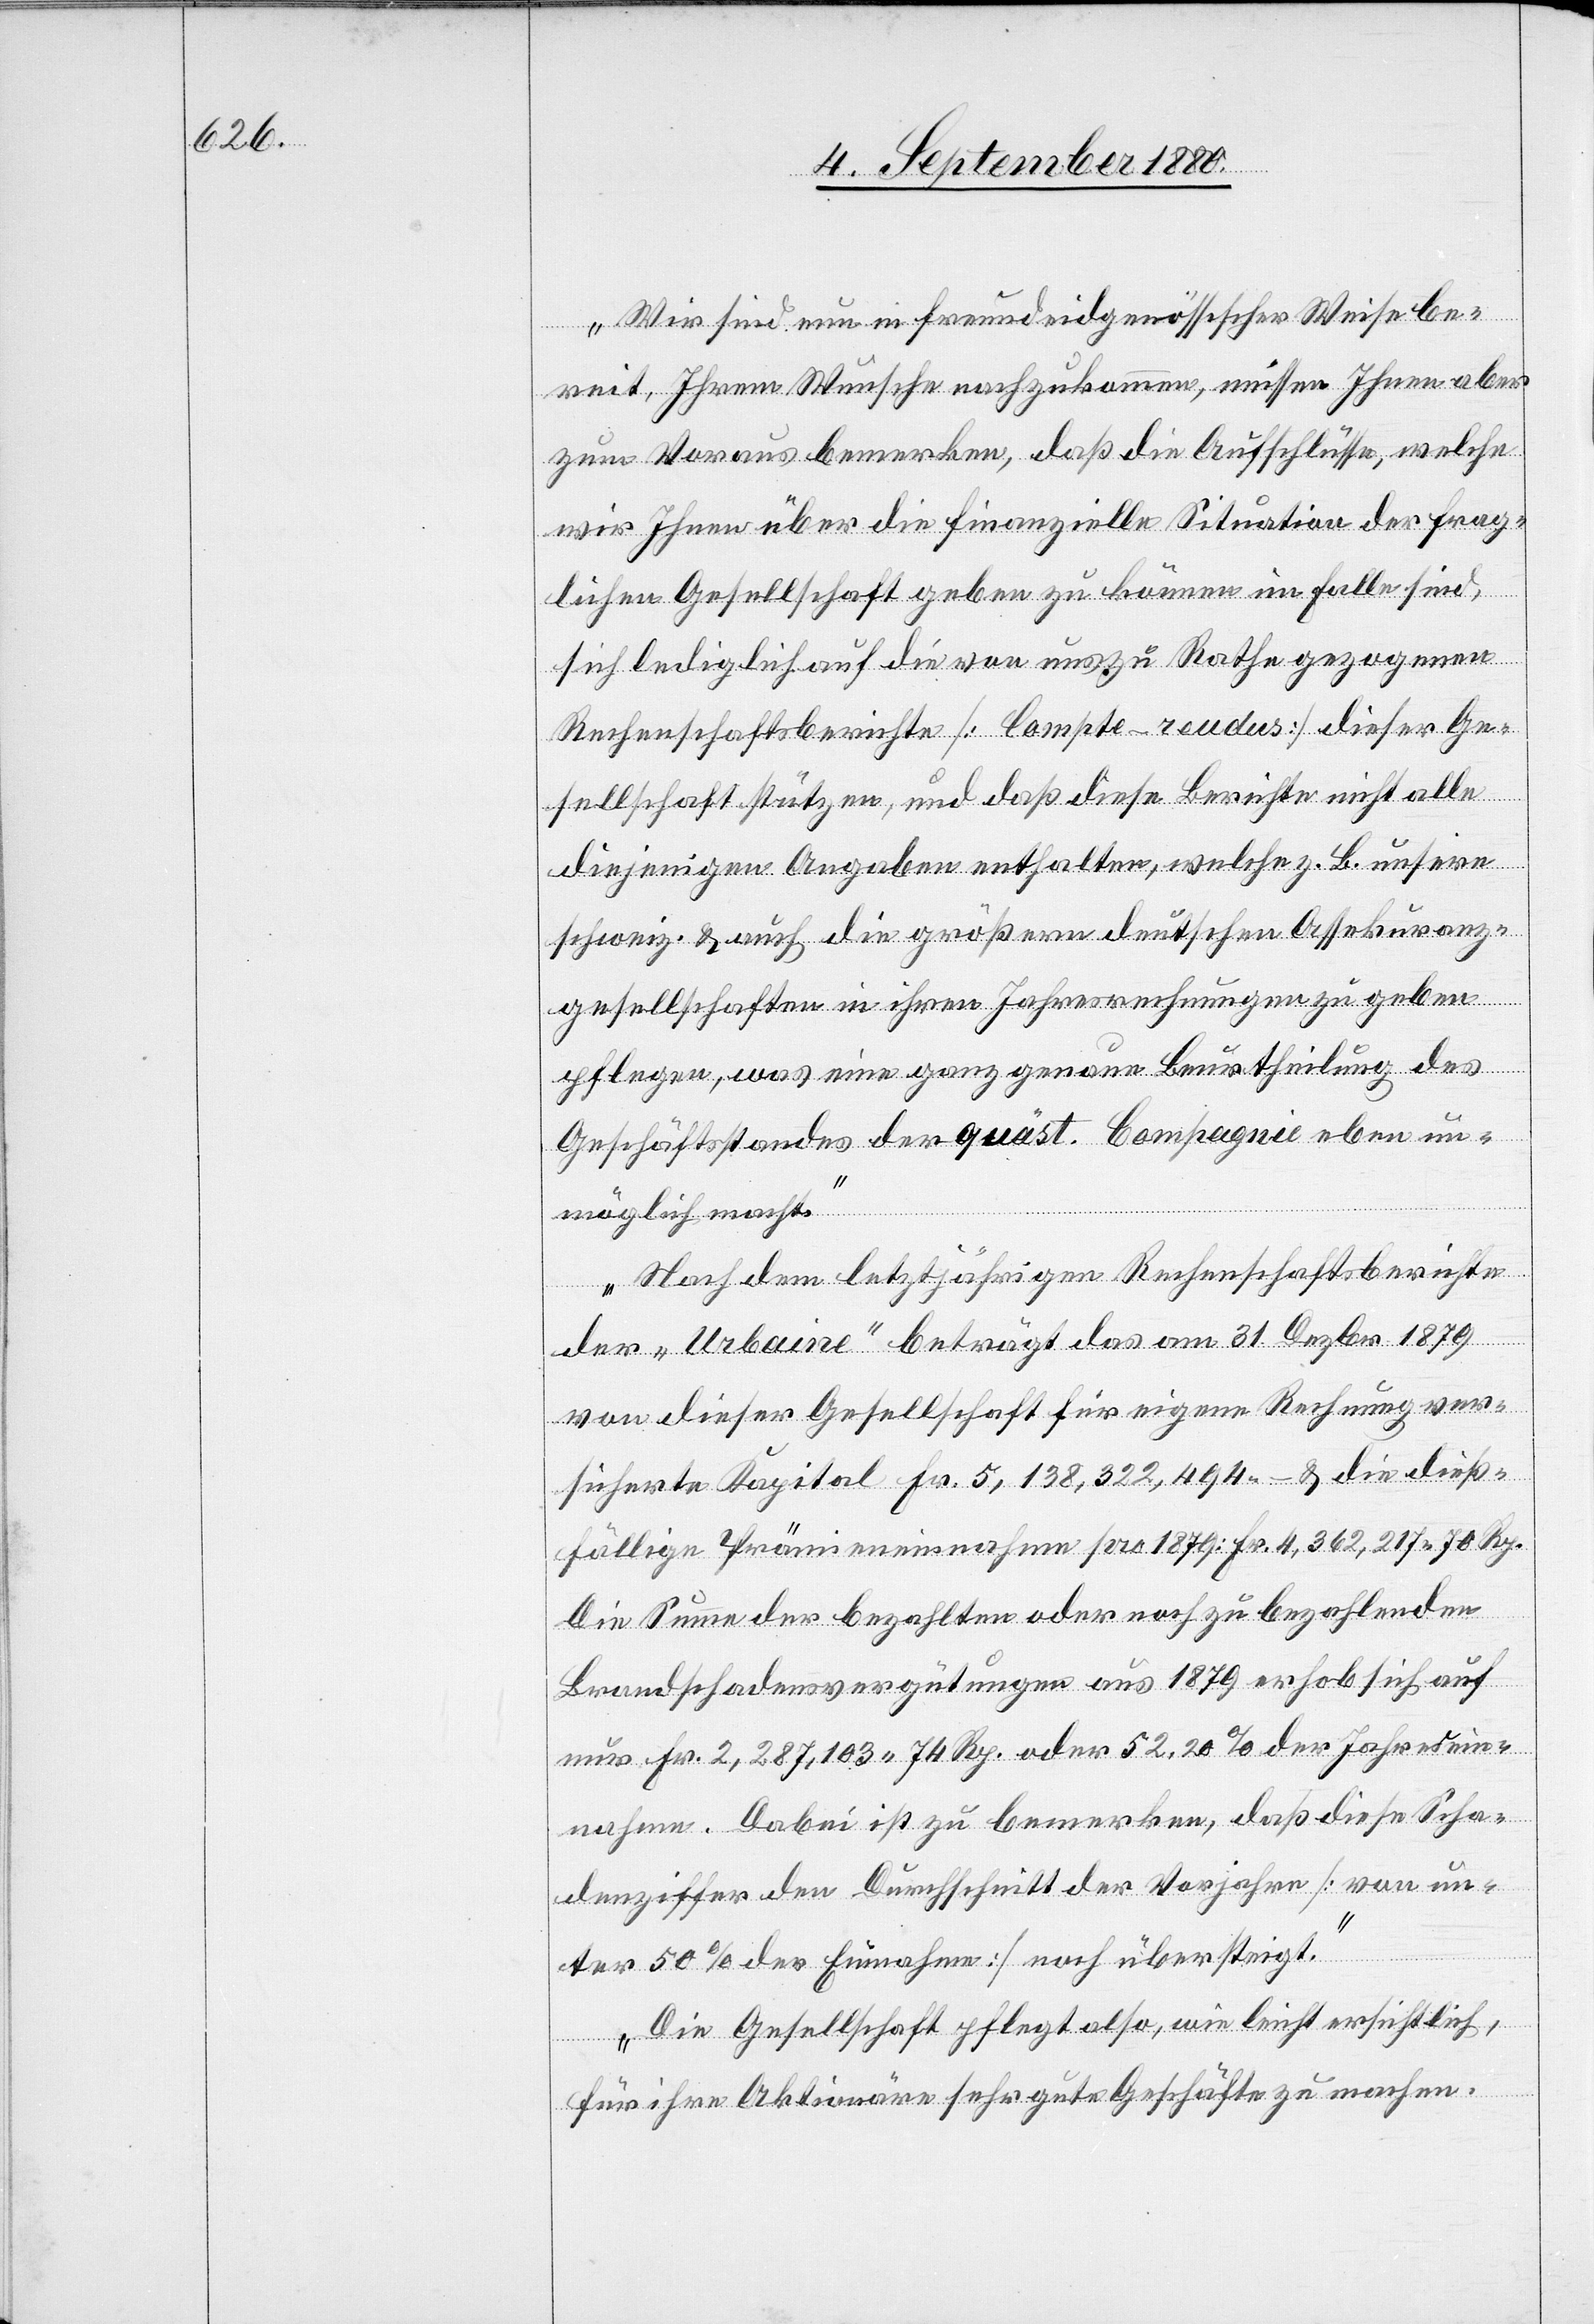
Wir sind nun in freundeidgenössscher Weise be¬
reit, Ihrem Wunsche nachzukommen, müssen Ihnen aber
zum Voraus bemerken, daß die Aufschlüsse, welche
wir Ihnen über die finanzielle Situation der frag¬
lichen Gesellschaft geben zu können im Falle sind
sich lediglich auf die von uns zu Rathe gezogenen
Rechenschaftsberichte [Compte-rendus] dieser Ge¬
sellschaft stützen, und daß diese Berichte nicht alle
diejenigen Angaben enthalten, welche z. B. unsere
schweiz. & auch die größeren deutschen Assekuranz¬
gesellschaften in ihren Jahresrechnungen zu geben
pflegen, was eine ganz genaue Beurtheilung des
Geschäftstandes der quäst. Compagnie ebben un¬
möglich macht.
Nach dem letztjährigen Rechenschaftsberichte
der „Urbaine“ beträgt das am 31. Dezbr. 1879
von dieser Gesellschaft für eigene Rechnung ver¬
sicherte Kapital Fr. 5,138,322,494.– & die dieß¬
fällige Prämieneinnahme pro 1878: Fr. 4,362,217 70 Rp.
Die Summe der bezahlten oder noch zu bezahlenden
Brandschadenvergütungen aus 1879 erhob sich auf
nur Fr. 2,287,103 74 Rp. oder 52.20 % der Jahresein¬
nahmen. Dabei ist zu bemerken, daß diese Scha¬
densziffer den Durchschnitt der Vorjahre [von un¬
ter 50 % der Einnahme] noch übersteigt.
Die Gesellschaft pflegt also, wie leicht ersichtlich,
für ihre Aktionäre sehr gute Geschäfte zu machen.